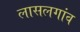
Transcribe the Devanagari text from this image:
लासलगांव